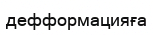
дефформацияға